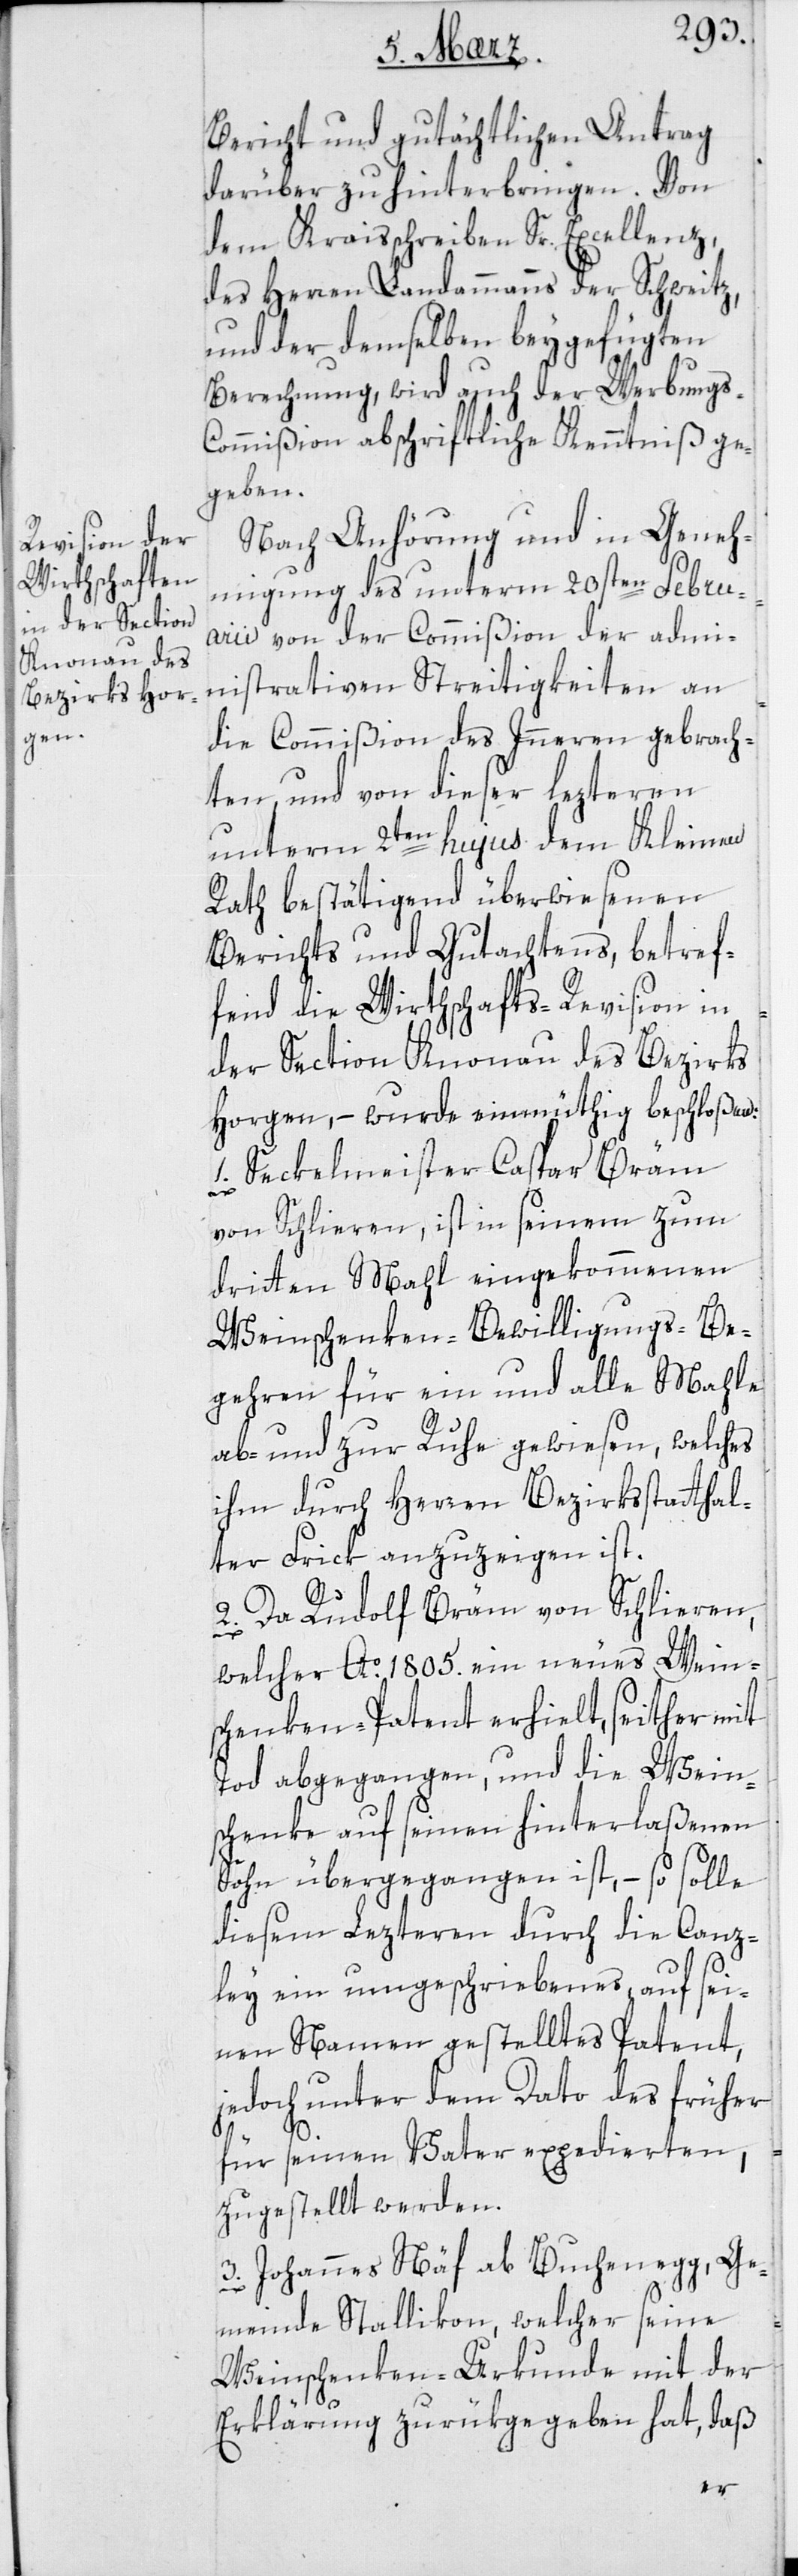
Bericht und gutächtlichen Antrag
darüber zu hinterbringen. Von
dem Kreisschreiben Sr. Excellenz
des Herren Landammanns der Schweitz,
und der demselben beygefügten
Berechnung, wird auch der Werbungs-C¬
ommißion abschriftliche Kenntniß ge¬
geben.
Nach Anhörung und in Geneh¬
migung des unterm 20sten Febru¬
arii von der Commißion der admi¬
nistrativen Streitigkeiten an
die Commißion des Innern gebrach¬
ten, und von dieser lezteren
unterm 2ten hujus dem Kleinen
Rath bestätigend überwiesenen
Berichts und Gutachtens, betref¬
fend die Wirthschafts-Revision in
der Section Knonau des Bezirks
Horgen, – wurde einmüthig beschloßen:
1. Sekelmeister Caspar Bräm
von Schlieren, ist in seinem zum
dritten Mahl eingekommenen
Weinschenken-Bewilligungs-Be¬
gehren für ein und alle Mahle
ab- und zur Ruhe gewiesen, welches
ihm durch Herren Bezirksstatthal¬
ter Frick anzuzeigen ist.
2. Da Rudolf Bräm von Schlieren,
welcher Ao. 1805. ein neues Weins¬
chenken-Patent erhielt, seither mit
Tod abgegangen und die Weins¬
chenke auf seinen hinterlaßenen
Sohn übergegangen ist, – so solle
diesem Lezteren durch die Canz¬
ley ein umgeschriebenes, auf sei¬
nen Namen gestelltes Patent,
jedoch unter dem Dato des früher
für seinen Vater expedierten,
zugestellt werden.
3. Johannes Näf ab Buchenegg, Ge¬
meinde Stallikon, welcher seine
Weinschenken-Urkunde mit der
Erklärung zurükgegeben hat, daß